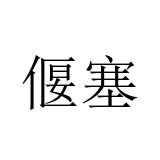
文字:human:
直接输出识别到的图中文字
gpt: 偃塞